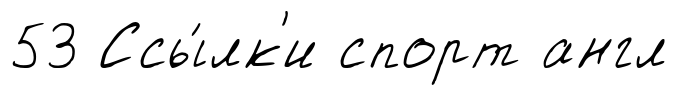
53 Ссы́лк'и спорт англ